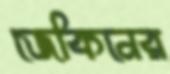
জেকিনের